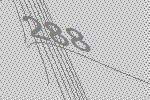
288